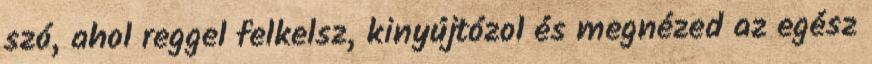
szó, ahol reggel felkelsz, kinyújtózol és megnézed az egész